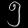
Digit: ၅